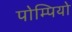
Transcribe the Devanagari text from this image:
पोम्पियो